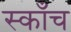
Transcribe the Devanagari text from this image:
स्काँच